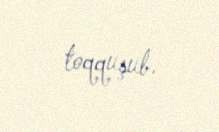
toqquşub.